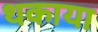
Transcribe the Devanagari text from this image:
थकाया